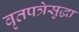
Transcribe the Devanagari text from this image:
वृतपत्रेसुद्धा